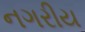
નગરીય